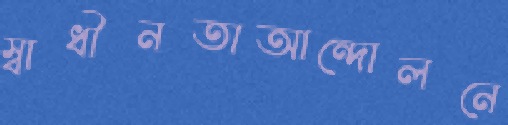
স্বাধীনতাআন্দোলনে